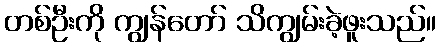
တစ်ဦးကို ကျွန်တော် သိကျွမ်းခဲ့ဖူးသည်။